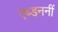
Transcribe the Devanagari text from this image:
एब्डननीं